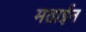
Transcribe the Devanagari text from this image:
मताईन